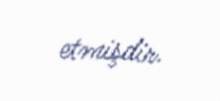
etmişdir.